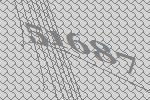
51687